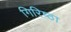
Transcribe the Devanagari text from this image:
गिरिष्ठा